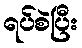
ရပ်စဲပြီး